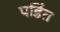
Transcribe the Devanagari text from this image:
पडिंत